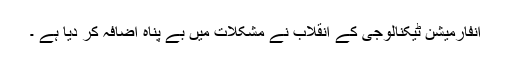
انفارمیشن ٹیکنالوجی کے انقلاب نے مشکلات میں بے پناہ اضافہ کر دیا ہے ۔